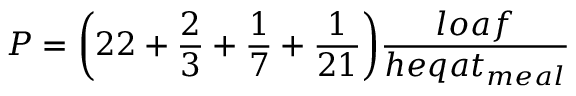
P = { \bigg ( } 2 2 + { \frac { 2 } { 3 } } + { \frac { 1 } { 7 } } + { \frac { 1 } { 2 1 } } { \bigg ) } { \frac { l o a f } { h e q a t _ { m e a l } } }